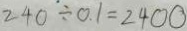
2 4 0 \div 0 . 1 = 2 4 0 0